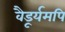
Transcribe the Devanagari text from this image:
वैडूर्यमपि